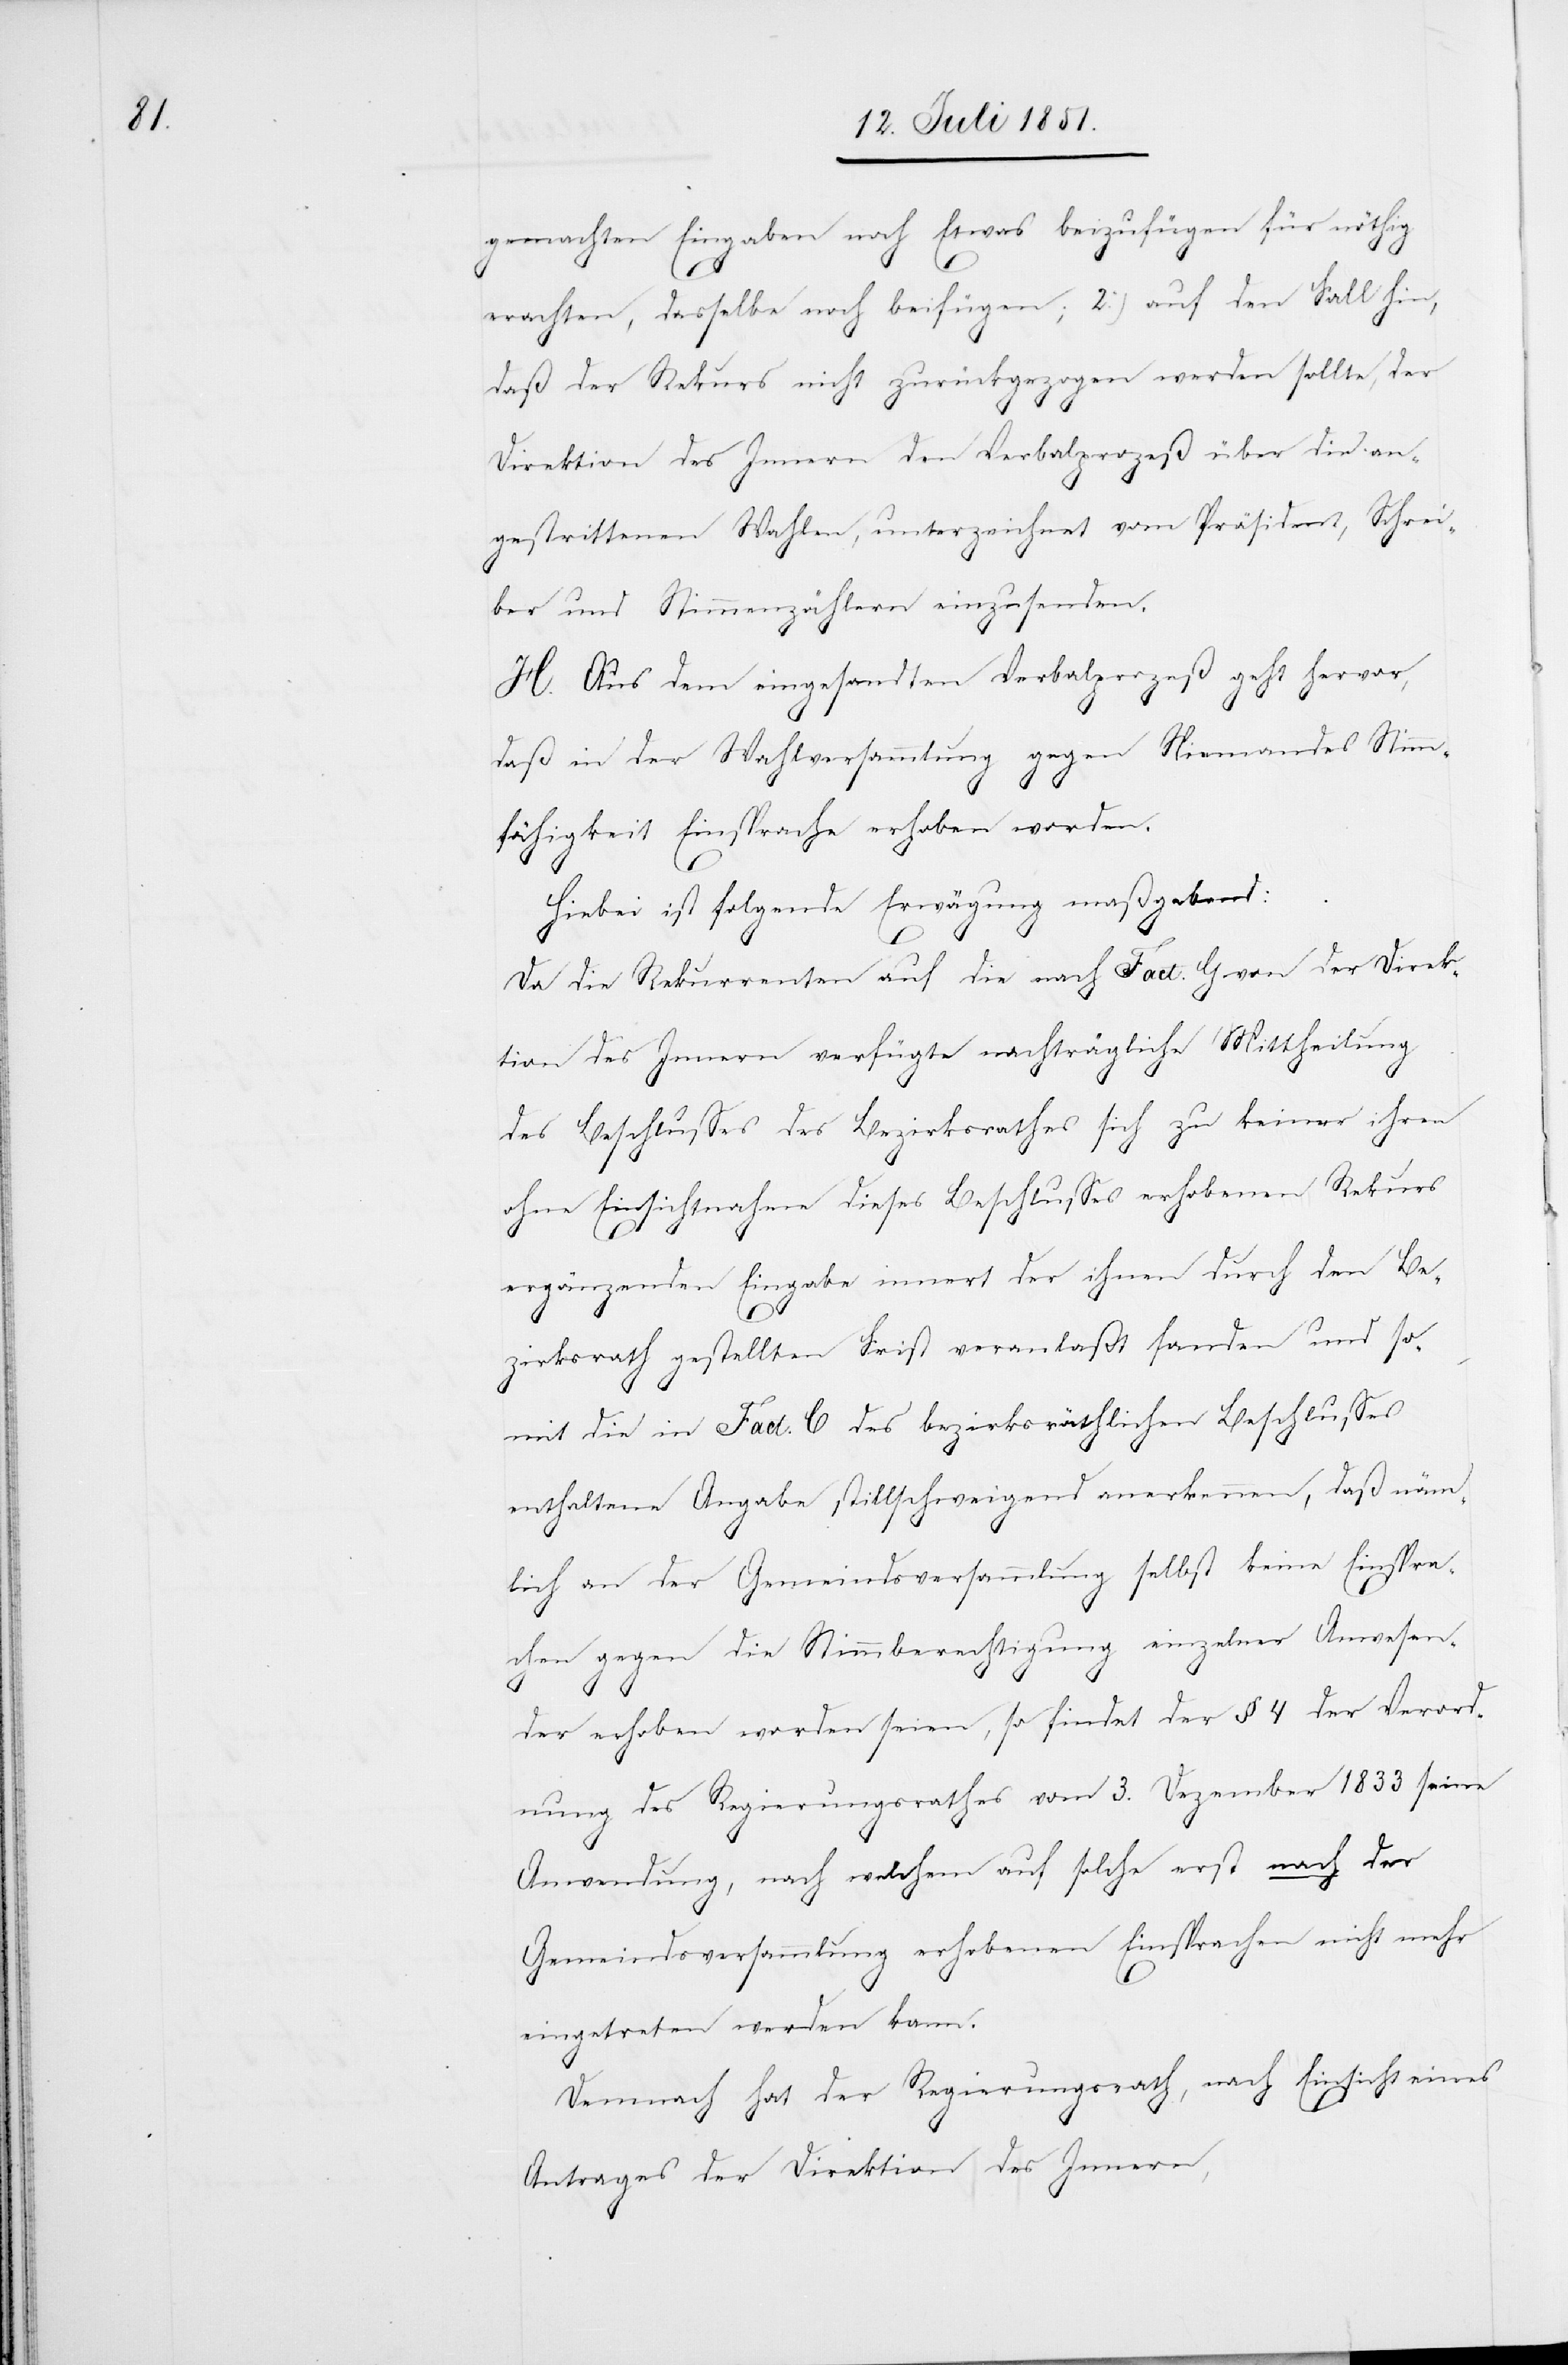
gemachten Eingaben noch Etwas beizufügen für nöthig
erachten, dasselbe noch beifügen; 2.) auf den Fall hin,
daß der Rekurs nicht zurückgezogen werden sollte, der
Direktion des Innern den Verbalprozeß über die an¬
gestrittenen Wahlen, unterzeichnet vom Präsident, Schrei¬
ber und Stimmenzählern einzusenden.
H. Aus dem eingesandten Verbalprozeß geht hervor,
daß in der Wahlversammlung gegen Niemandes Stimm¬
fähigkeit Einsprache erhoben worden.
Hiebei ist folgende Erwägung maßgebend:
Da die Rekurrenten auf die nach Fact. G von der Direk¬
tion des Innern verfügte nachträgliche Mittheilung
des Beschlusses des Bezirksrathes sich zu keiner ihren
ohne Einsichtnahme dieses Beschlusses erhobenen Rekurs
ergänzenden Eingabe innert der ihnen durch den Be¬
zirksrath gestellten Frist veranlaßt fanden und so¬
mit die in Fact. C des bezirksräthlichen Beschlusses
enthaltene Angabe stillschweigend anerkennen, daß näm¬
lich an der Gemeindsversammlung selbst keine Einspra¬
chen gegen die Stimmberechtigung einzelner Anwesen¬
der erhoben worden seien, so findet der § 4 der Verord¬
nung des Regierungsrathes vom 3. Dezember 1833 seine
Anwendung, nach welchem auf solche erst nach der
Gemeindsversammlung erhobenen Einsprachen nicht mehr
eingetreten werden kann.
Demnach hat der Regierungsrath, nach Einsicht eines
Antrages der Direktion des Innern,